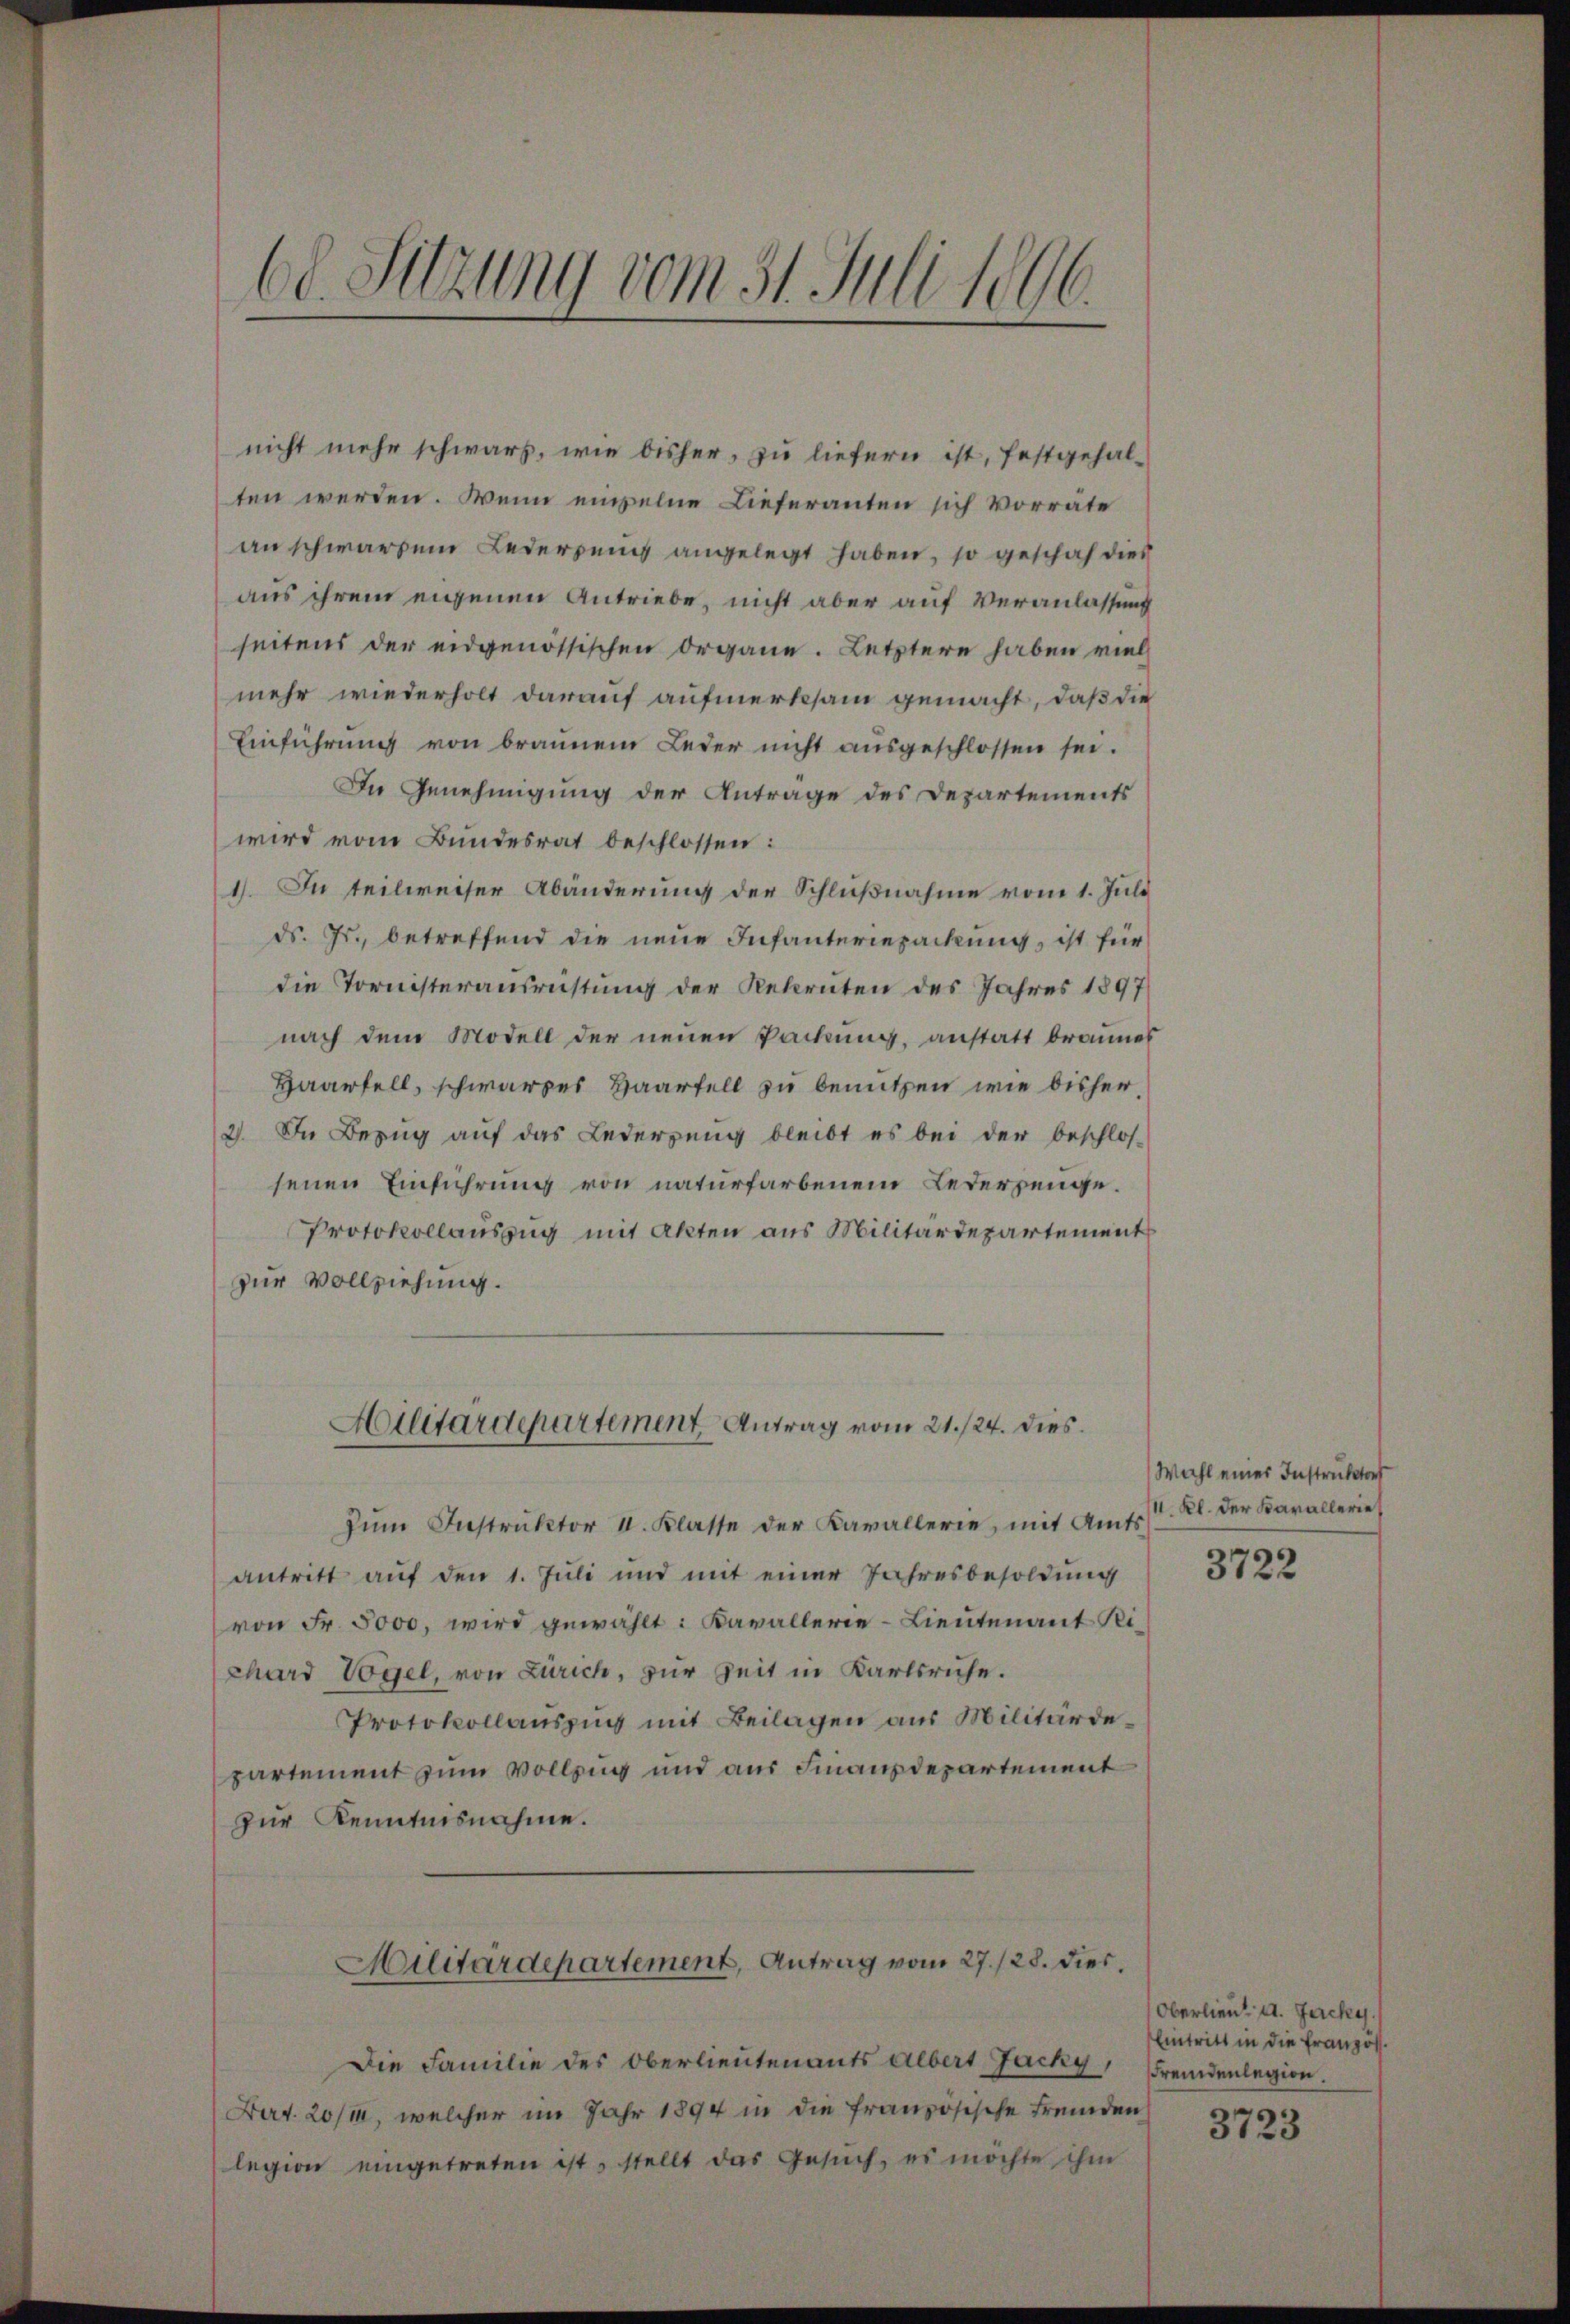
nicht mehr schwarz, wie bisher, zu liefern ist, festgehal-
ten werden. Wenn einzelne Lieferanten sich vorrate
an schwarzen Lederung angelegt haben, so geschah dies
aus ihrem eigenen Antriebe, nicht aber auf Veranlassung
seitens der eidgenössischen Organe. Letztere haben viel
mehr wiederholt darauf aufmerksam gemacht, daß die
Einführung von brannem Leder nicht aŭsgeschlossen sei.
In Genehmigung der Antrage des Departements
wird vom Bundesrat beschlossen:
1). In teilweiser Abänderung der Schlußnahme vom 1. Juli
ds. Js., betreffend die neue Infanteriepackung, ist für
die Tornisterausrichtung der Rekruten des Jahres 1897
nach dem Modell der neuen Packung, anstatt brannes
Haarfell, schwarzes Haarfell zu benutzen wie bisher,
2). In Bezug auf das Lederzung bleibt es bei der beschlos-
senen Einführung von naturfarbenem Lederzenge¬
Protokollauszug mit Akten aus Militärdepartement
zur Vollziehung.
Militärdepartement Antrag vom 21./24. dies
Zŭm Instruktor II. Klasse der Kavallerie, mit Amtsantritt auf den 1. Juli und mit einer Jahresbesoldung
von Fr. 5000, wird gewählt: Kavallerie-Lieutenant Ri
chard Vogel, von Zürich, zur Zeit in Karlsruhe.
Protokollauszug mit Beilagen aus Militärdepartement zum Vollzug und aus Finanzdepartement
zur Kenntnisnahme.
Militärdepartement, Antrag vom 27./28. dies.
Die Familie des Oberlieutenants Albert Jacky Fremdenlegion.
Bat. 20/m, welcher im Jahr 1894 in die französische Fremden
legion eingetreten ist, stellt das Gesuch, es möchte ihm

68. Sitzung vom 31. Juli 1896.

Wahl einer Instruktors
11. Kl. der Karallerie

3722

Oberlieut. d. Jacky.
Eintritt in die Französ.

3723